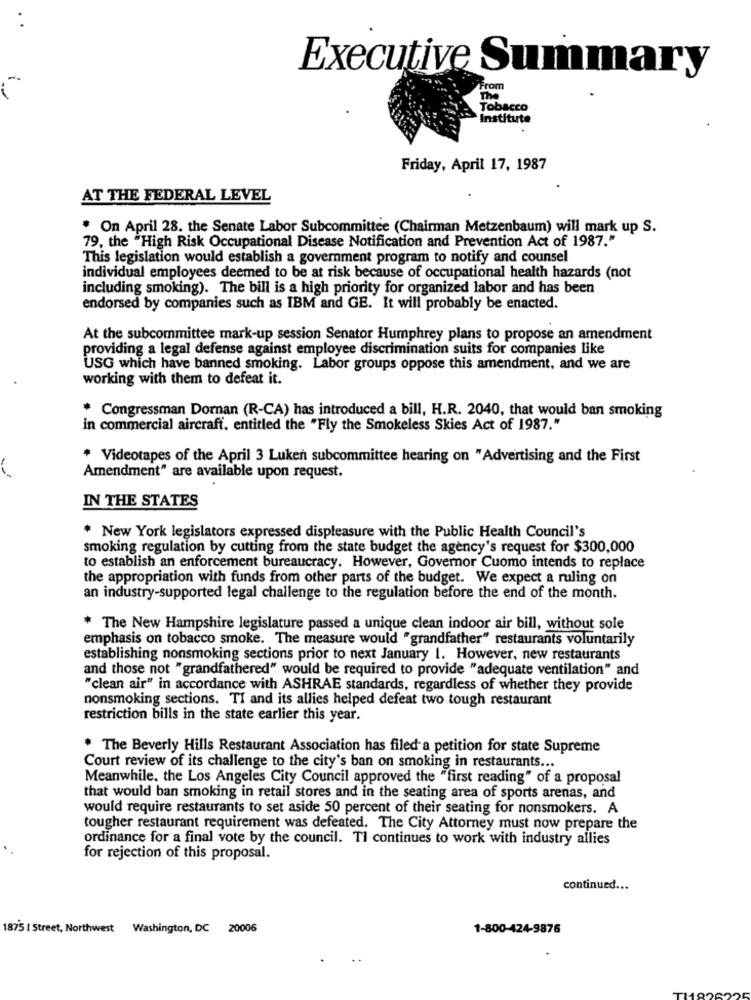
Executive Summary
From
The
Tobacco
`Institute
Friday, April 17, 1987
AT THE FEDERAL LEVEL
* On April 28. the Senate Labor Subcommittee (Chairman Metzenbaum) will mark up S.
79, the "High Risk Occupational Disease Notification and Prevention Act of 1987."
This legislation would establish a government program to notify and counsel
individual employees deemed to be at risk because of occupational health hazards (not
including smoking). The bill is a high priority for organized labor and has been
endorsed by companies such as IBM and GE. It will probably be enacted.
At the subcommittee mark-up session Senator Humphrey plans to propose an amendment
providing a legal defense against employee discrimination suits for companies like
USG which have banned smoking. Labor groups oppose this amendment, and we are
working with them to defeat it.
Congressman Dornan (R-CA) has introduced a bill, H.R. 2040, that would ban smoking
in commercial aircraft, entitled the "Fly the Smokeless Skies Act of 1987."
* Videotapes of the April 3 Luken subcommittee hearing on "Advertising and the First
Amendment" are available upon request.
IN THE STATES
* New York legislators expressed displeasure with the Public Health Council's
smoking regulation by cutting from the state budget the agency's request for $300,000
to establish an enforcement bureaucracy. However, Governor Cuomo intends to replace
the appropriation with funds from other parts of the budget. We expect a ruling on
an industry-supported legal challenge to the regulation before the end of the month.
* The New Hampshire legislature passed a unique clean indoor air bill, without sole
emphasis on tobacco smoke. The measure would "grandfather" restaurants voluntarily
establishing nonsmoking sections prior to next January 1. However, new restaurants
and those not "grandfathered" would be required to provide "adequate ventilation" and
"clean air" in accordance with ASHRAE standards, regardless of whether they provide
nonsmoking sections. TI and its allies helped defeat two tough restaurant
restriction bills in the state earlier this year.
* The Beverly Hills Restaurant Association has filed a petition for state Supreme
Court review of its challenge to the city's ban on smoking in restaurants ...
Meanwhile, the Los Angeles City Council approved the "first reading" of a proposal
that would ban smoking in retail stores and in the seating area of sports arenas, and
would require restaurants to set aside 50 percent of their seating for nonsmokers. A
tougher restaurant requirement was defeated. The City Attorney must now prepare the
ordinance for a final vote by the council. TI continues to work with industry allies
for rejection of this proposal.
continued ...
1875 | Street, Northwest
Washington, DC 20006
1-800-424-9876